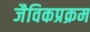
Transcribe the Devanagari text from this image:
जैविकप्रक्रम